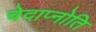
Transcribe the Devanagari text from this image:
चेदाप्नोति